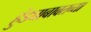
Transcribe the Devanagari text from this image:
हुंड्याबाबतच्या